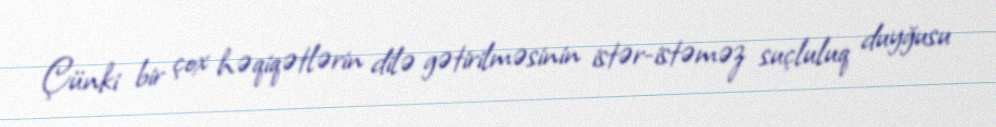
Çünki bir çox həqiqətlərin dilə gətirilməsinin istər-istəməz suçluluq duyğusu